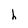
Character: h